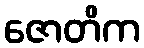
ဇောတိက